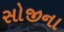
સોજીના